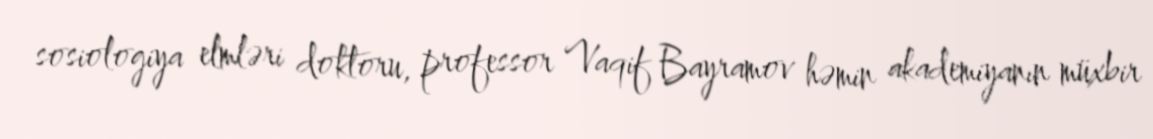
sosiologiya elmləri doktoru, professor Vaqif Bayramov həmin akademiyanın müxbir